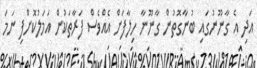
އަދި އެ ގާނޫނުގައި ބުނާގޮތުން ގާނޫނާ ހިލާފަށް އެއްވެސް ފަރާތަކުން އަމަލުކޮށްފި ނަމަ